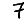
Digit: 7